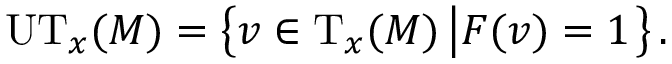
\mathrm { U T } _ { x } ( M ) = \left\{ v \in \mathrm { T } _ { x } ( M ) \left| F ( v ) = 1 \right. \right\} .